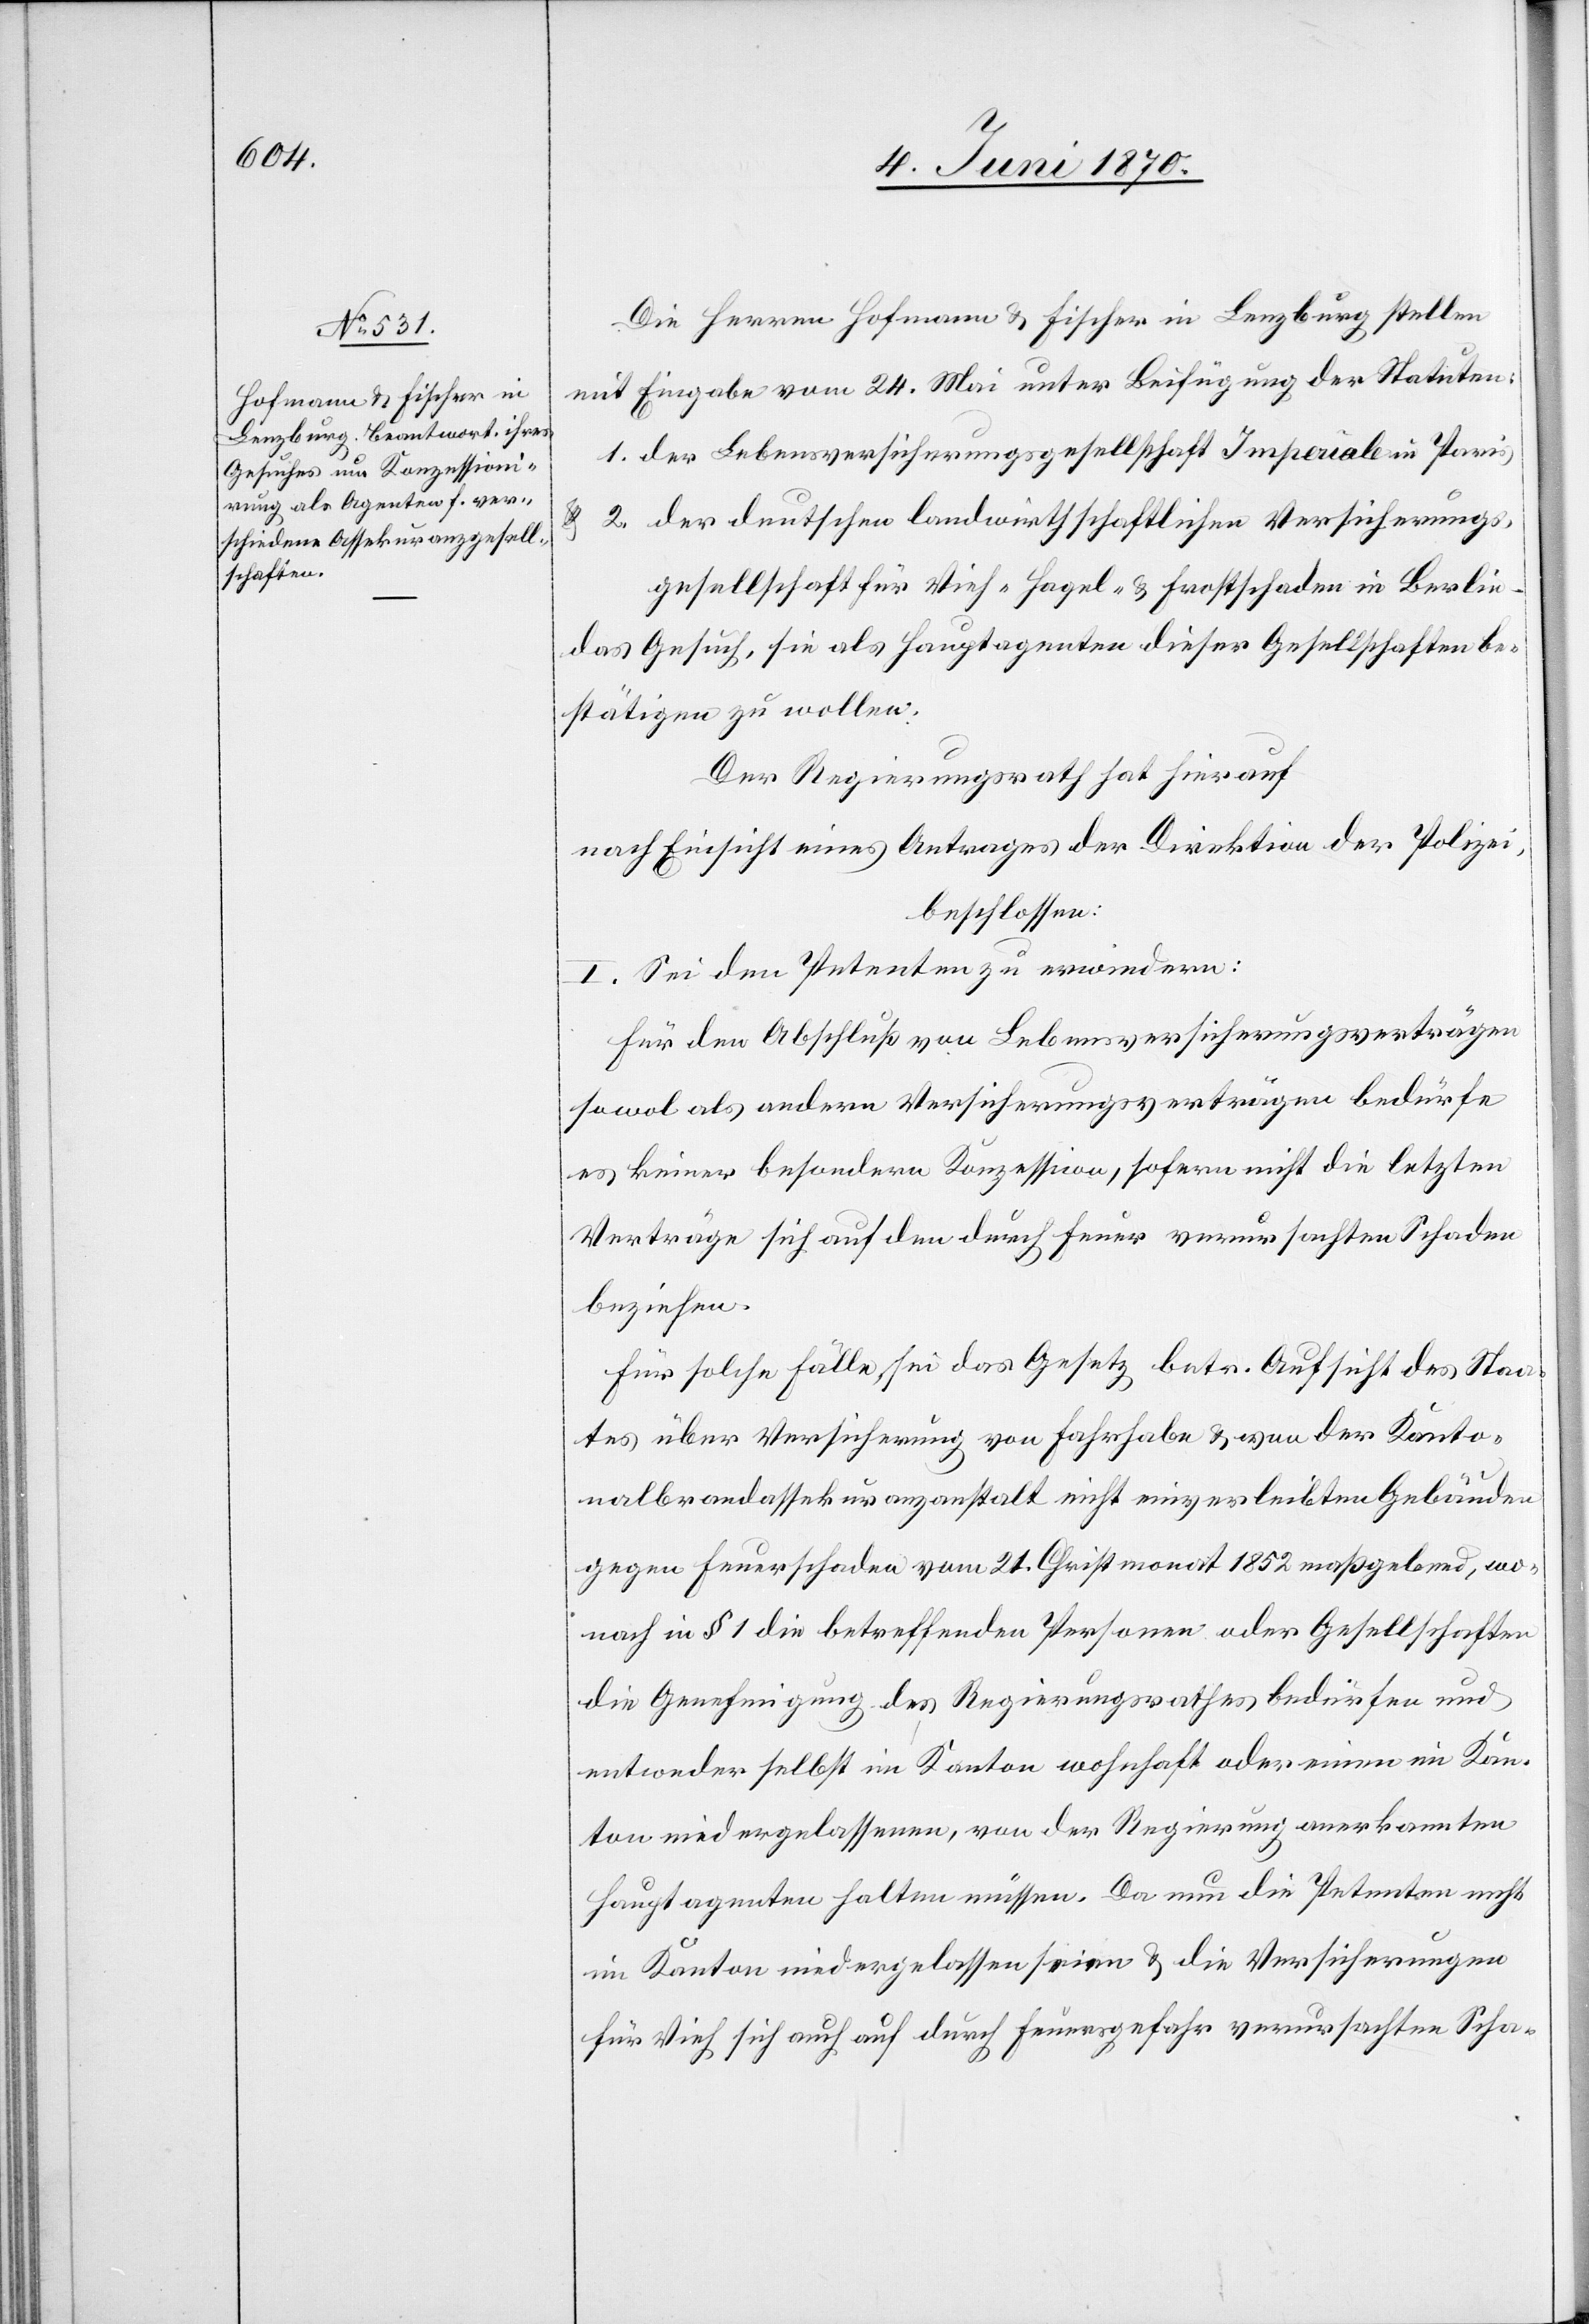
Die Herren Hofmann & Fischer in Lenzburg stellen
mit Eingabe vom 24. Mai unter Beifügung der Statuten:
1. der Lebensversicherungsgesellschaft Imperiale in Paris
2. der deutschen landwirthschaftlichen Versicherungs¬
gesellschaft für Vieh-[,] Hagel- & Frostschaden in Berlin
das Gesuch, sie als Hauptagenten dieser Gesellschaften be¬
stätigen zu wollen.
Der Regierungsrath hat hierauf
nach Einsicht eines Antrages der Direktion der Polizei,
beschlossen:
I. Sei dem Petenten zu erwiedern:
Für den Abschluß von Lebensversicherungsverträgen
sowol als andern Versicherungsverträgen bedürfe
es keiner besondern Konzession, sofern nicht die letzten
Verträge sich auf den durch Feuer verursachten Schaden
beziehen.
Für solche Fälle sei das Gesetz betr. Aufsicht des Staa¬
tes über Versicherung von Fahrhabe & von der Kanto¬
nalbrandassekuranzanstalt nicht einverleibten Gebäuden
gegen Feuerschaden vom 21. Christmonat 1852 maßgebend, wo¬
nach in § 1 die betreffenden Personen oder Gesellschaften
die Genehmigung des Regierungsrathes bedürfen und
entweder selbst im Kanton wohnhaft oder einen im Kan¬
ton niedergelassenen, von der Regierung anerkannten
Hauptagenten halten müssen. Da nun die Petenten nicht
im Kanton niedergelassen seien & die Versicherungen
für Vieh sich auch auf durch Feuersgefahr verursachten Scha-